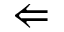
\Leftarrow